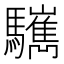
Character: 𩧎